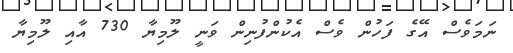
ނަމަވެސް އޭގެ ފަހުން ވެސް އެކުންފުނިން ވަނީ ލޫމިޔާ 730 އާއި ލޫމިޔާ